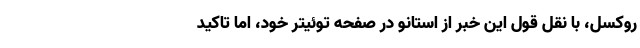
روکسل، با نقل قول این خبر از استانو در صفحه توئیتر خود، اما تاکید